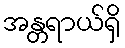
အန္တရာယ်ရှိ